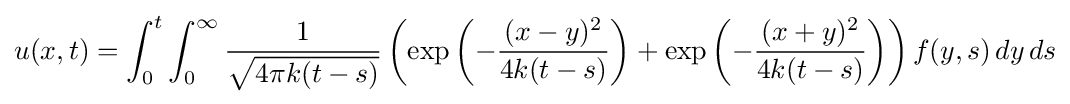
u(x,t)=\int _{0}^{t}\int _{0}^{\infty }{\frac {1}{\sqrt {4\pi k(t-s)}}}\left(\exp \left(-{\frac {(x-y)^{2}}{4k(t-s)}}\right)+\exp \left(-{\frac {(x+y)^{2}}{4k(t-s)}}\right)\right)f(y,s)\,dy\,ds